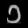
Digit: ၁